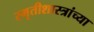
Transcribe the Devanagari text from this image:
स्मृतीशास्त्रांच्या